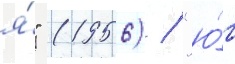
я́" (1956) / "ю́г